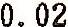
0.02